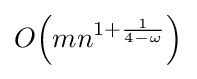
O{\mathord {\left(mn^{1+{\frac {1}{4-\omega }}}\right)}}